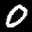
Label: 0